Memorandum on the prevention of leprosy by segregation of the affected
Disease focus: Leprosy
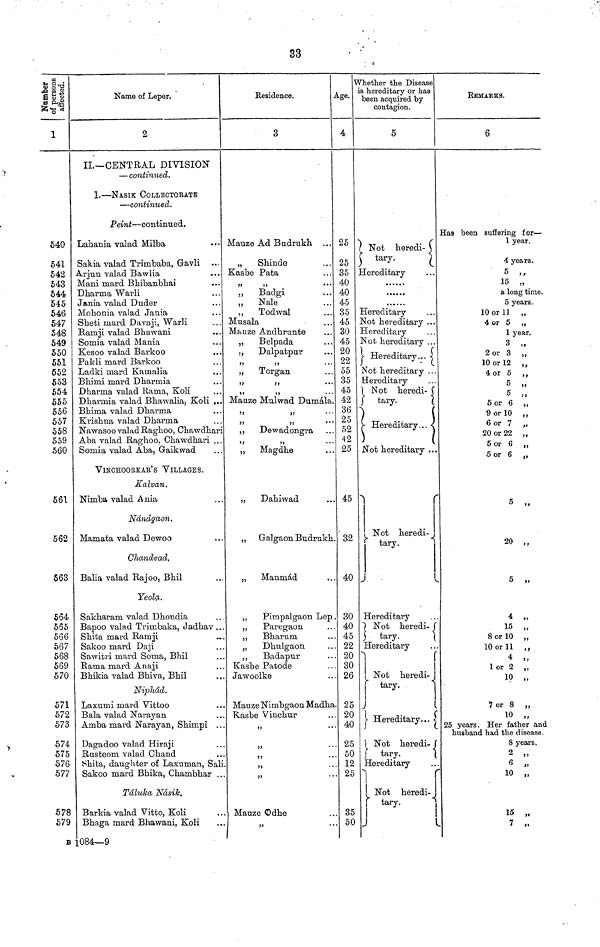
33
Nnmber
of persons
affected.
1
640
541
542
543
544
546
547
548
549
550
551
552
553
554
555
556
557
558
559
560
561
562
563
564
565
566
567
568
569
570
571
572
573
574
575
576
577
578
579
Name of Leper.
2
II.— CENTRAL DIVISION
— continued.
1. — NASIK COLLECTORATE
— continued.
Peint — continued.
Lahania valad Milba
Sakia valad Trimbaba" Gavli
Arjun valad Bawlia
Mani mard Bhibanbhai
•••
Dkarma Warli
. . .
Jania valad Duder
Mohonia valad Jania
Sheti mard Davaji" Warli
Ramji valad Bkawani
Somia valad Mania
Kesoo valad Barkoo
Pakli mard Barkoo
Ladki mard Kamalia
Bhimi mard Dharmia
Dharma valad Rama" Koli
Dkarrnia valad Bhawalia" Koli ...
Bhima valad Dharma
Krishna valad Dharma
Nawasoo valad Raghoo" Ckawdhari
Aba valad Raghoo. Chawdhari ...
Somia valad Aba" Gaikwad
VINCHOORKAR'S VILLAGES.
Kalvan"
Nimba valad Ania
Nándgaon.
Mamata valad Dewoo
Chandvad.
Balia valad Rajoo" Bhil
Yeola".
Sakharam valad Dhondia
Bapoo valad Trimbaka" Jadhav ..
Shita mard Ramji
Sakoo mard Daji
Sawitri mard Soma" Bhil
Rama mard Anaji
Bhikia valad Bhiva" Bhil
Niphád.
Laxumi mard Vittoo
Bala valad Narayan
Amba mard Narayan" Shimpi . .
Dagadoo valad Hiraji
Rasteom valad Chand
Shita" daughter of Laxnman" Sal
Sakoo mard Bhika" Chambhar .
Táluka Násik"
Barkia valad Vitto" Koli
Bhaga mard Bhawani" Koli
Residence.
3
Mauze Ad Budrukh" ...
„
Shinde
Kasbe Pata
"
Badgi
...
„
Nale
"
Todwal
Musala
Mauze Andkrunte
„
Belpada
"
Dalpatpur
"
"
„
Torgan
"
"
•••
"
"
Mauze Mulwad Dumála
"
"
"
"
"
" Dewadongra
"
"
„
Magdhe
„
Dakiwad
„ Galgaon Budrukk
„ Manmád
Pimpalgaon Lep
Paregaon
Bkarum
Dkulgaon
Badapur
Ksbe Patode
Jawoolke
Mauze Nimbgaon Madha
Kasbe Vinchur
"
"
"
"
"
Mauze Odhe
"
Age.
4
25
25
35
40
40
45
35
45
30
45
20
22
55
35
45
42
36
25
52
42
25
45
32
40
30
40
45
22
20
30
26
25
20
40
25
50
12
25
35
50
Whether the Disease
is hereditary or has
been acquired by
contagion.
5
Not heredi-
tary.
Hereditary
Hereditary
Not hereditary ...
Hereditary
Not hereditary ...
V Hereditary...
Not hereditary ..
Hereditary
Not heredi-
tary.
Hereditary...
Not hereditary ..
Not
heredi-
tary.
Hereditary
Not heredi-
tary.
Hereditary
Not heredi-
tary.
Hereditary...
Not heredi-
tary.
Hereditary
Not heredi-
tary.
REMARKS.
6
Has been suffering for —
1 year.
4 years.
5 "
15 „
a long time"
5 years.
10 or 11 „
4 or 5 „
1 year.
3 „
2 or 3 „
10 or 12 ..
"
4 or 5 "
5 "
5 "
"
"
5 or 6
9 or 10
6 or 7
20 or 22
5 or 6
5 or 6
5 „
20
5 „
4 „
15 „
8 or 10 „
10 or 11 "
4 „
1 or 2 "
10 „
7 or 8 "
10 „
25 years. Her father and
husband had the disease.
8 years.
2 „
6 „
10 „
15 „
7 „
B 1084—9